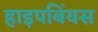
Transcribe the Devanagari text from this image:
हाइपबिंयस